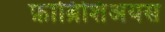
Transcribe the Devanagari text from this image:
फ़ाब्रिशिअयस